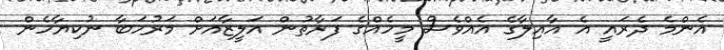
އެންމެ ދެރައީ އެ އާއިލާގެ އެއްވެސް މީހެއްގެ ފަރާތުން އަލީޒާއަށް މަރުހަބާ ނުކިޔާހެން